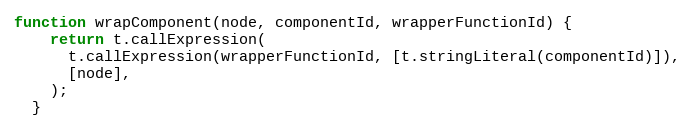
Language: JavaScript
function wrapComponent(node, componentId, wrapperFunctionId) {
    return t.callExpression(
      t.callExpression(wrapperFunctionId, [t.stringLiteral(componentId)]),
      [node],
    );
  }